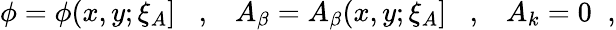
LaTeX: \phi=\phi(x,y;\xi_{A}]\; \; \; ,\; \; \; A_{\beta}=A_{\beta}(x,y;\xi_{A}]\; \; \; ,\; \; \; A_{k}=0\; \; ,